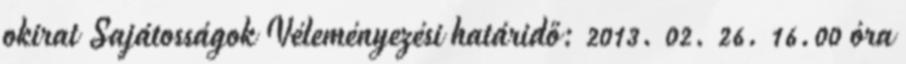
okirat Sajátosságok Véleményezési határidő: 2013. 02. 26. 16.00 óra